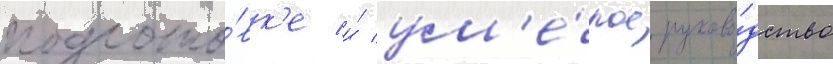
подгото́вк'е и́ ум'е́лое руково́дство